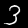
Digit: 3